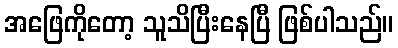
အဖြေကိုတော့ သူသိပြီးနေပြီ ဖြစ်ပါသည်။